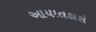
આયાતકારો